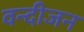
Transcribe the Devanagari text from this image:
वन्दीजन